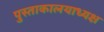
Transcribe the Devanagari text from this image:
पुस्ताकालयाध्यक्ष